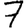
Digit: 7